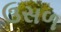
ઉસળ